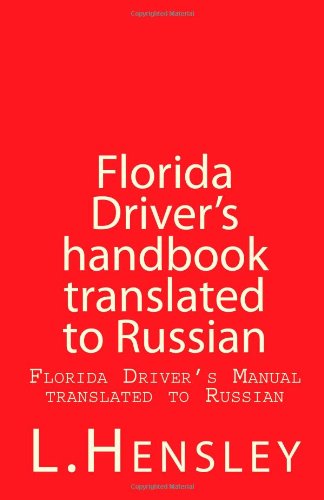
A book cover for Florida Driver's Handbook  translated to Russian: Florida Driver's Manual translated to Russian (Russian Edition); L. Hensley; Test Preparation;